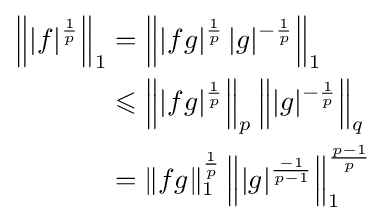
{\begin{aligned}\left\||f|^{\frac {1}{p}}\right\|_{1}&=\left\||fg|^{\frac {1}{p}}\,|g|^{-{\frac {1}{p}}}\right\|_{1}\\&\leqslant \left\||fg|^{\frac {1}{p}}\right\|_{p}\left\||g|^{-{\frac {1}{p}}}\right\|_{q}\\&=\|fg\|_{1}^{\frac {1}{p}}\left\||g|^{\frac {-1}{p-1}}\right\|_{1}^{\frac {p-1}{p}}\end{aligned}}